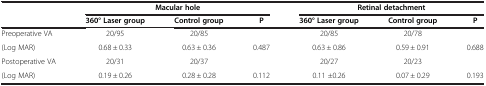
|  |  | <COLSPAN=2> Macular hole |  | <COLSPAN=2> Retinal detachment |
 |  | 360° Laser group | Control group | P | 360° Laser group | Control group | P |
 | --- | --- | --- | --- | --- | --- | --- |
 | Preoperative VA | 20/95 | 20/85 |  | 20/85 | 20/78 |  |
 | (Log MAR) | 0.68 ± 0.33 | 0.63 ± 0.36 | 0.487 | 0.63 ± 0.86 | 0.59 ± 0.91 | 0.688 |
 | Postoperative VA | 20/31 | 20/37 |  | 20/27 | 20/23 |  |
 | (Log MAR) | 0.19 ± 0.26 | 0.28 ± 0.28 | 0.112 | 0.11 ±0.26 | 0.07 ± 0.29 | 0.193 |